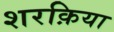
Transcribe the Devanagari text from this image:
शरक़िया